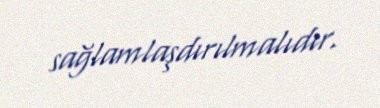
sağlamlaşdırılmalıdır.